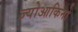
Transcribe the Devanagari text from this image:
ज्योआकिनो